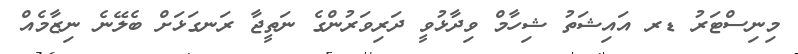
މިނިސްޓަރު ޑރ އައިޝަތު ޝިހާމް ވިދާޅުވީ ދަރިވަރުންގެ ނަތީޖާ ރަނގަޅަށް ބެލޭނެ ނިޒާމެއް